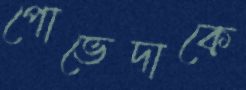
পোভেদাকে